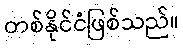
တစ်နိုင်ငံဖြစ်သည်။